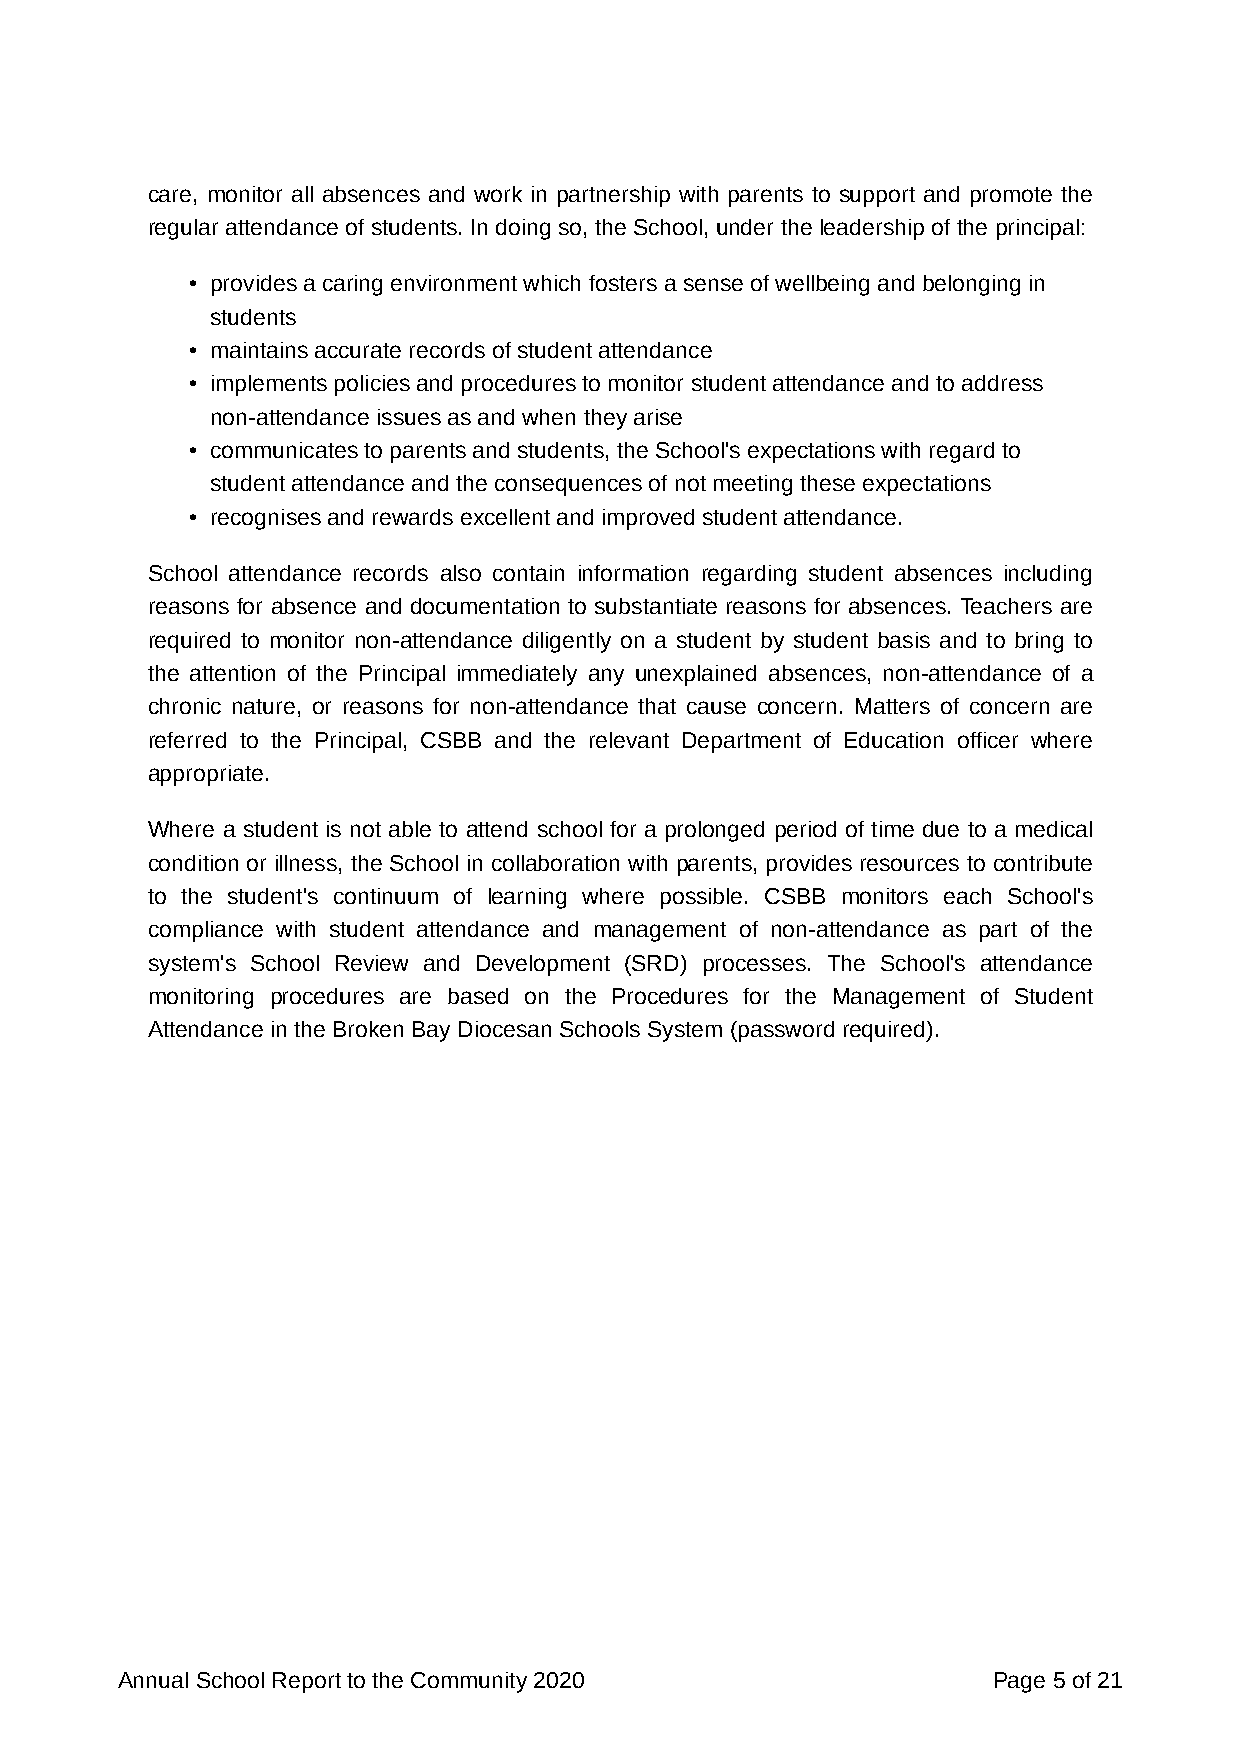
care, monitor all absences and work in partnership with parents to support and promote the
 regular attendance of students. In doing so, the School, under the leadership of the principal:
 • provides a caring environment which fosters a sense of wellbeing and belonging in
 students
 • maintains accurate records of student attendance
 • implements policies and procedures to monitor student attendance and to address
 non-attendance issues as and when they arise
 • communicates to parents and students, the School's expectations with regard to
 student attendance and the consequences of not meeting these expectations
 • recognises and rewards excellent and improved student attendance.
 School attendance records also contain information regarding student absences including
 reasons for absence and documentation to substantiate reasons for absences. Teachers are
 required to monitor non-attendance diligently on a student by student basis and to bring to
 the attention of the Principal immediately any unexplained absences, non-attendance of a
 chronic nature, or reasons for non-attendance that cause concern. Matters of concern are
 referred to the Principal, CSBB and the relevant Department of Education officer where
 appropriate.
 Where a student is not able to attend school for a prolonged period of time due to a medical
 condition or illness, the School in collaboration with parents, provides resources to contribute
 to the student's continuum of learning where possible. CSBB monitors each School's
 compliance with student attendance and management of non-attendance as part of the
 system's School Review and Development (SRD) processes. The School's attendance
 monitoring procedures are based on the Procedures for the Management of Student
 Attendance in the Broken Bay Diocesan Schools System (password required).
 Annual School Report to the Community 2020                Page 5 of 21